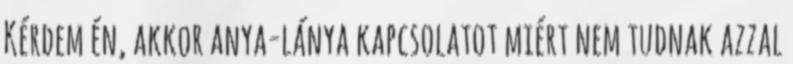
Kérdem én, akkor anya-lánya kapcsolatot miért nem tudnak azzal